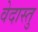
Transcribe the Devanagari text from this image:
वेदास्तु